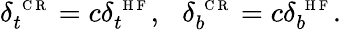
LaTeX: \delta_{t}^{\mathrm{~\scriptsize~C~R~}}=c\delta_{t}^{\mathrm{~\scriptsize~H~F~}},\: \: \: \delta_{b}^{\mathrm{~\scriptsize~C~R~}}=c\delta_{b}^{\mathrm{~\scriptsize~H~F~}}.